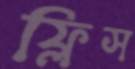
ফ্লিস